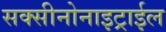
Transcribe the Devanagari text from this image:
सक्सीनोनाइट्राईल